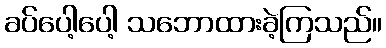
ခပ်ပေါ့ပေါ့ သဘောထားခဲ့ကြသည်။